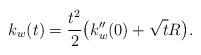
LaTeX: \begin{align*}k_w(t) = \frac{t^2}{2} \big(k_w ''(0) + \sqrt{t} R \big) .\end{align*}